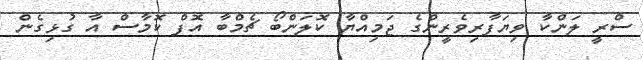
ސްރީ ލަންކާ ވިޔަފާރިވެރީންގެ ޖަމިއްޔާ ކޮލަންބޯ ޗެމްބާ އޮފް ކޮމާސް އާ ގުޅިގެން